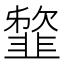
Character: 䪠